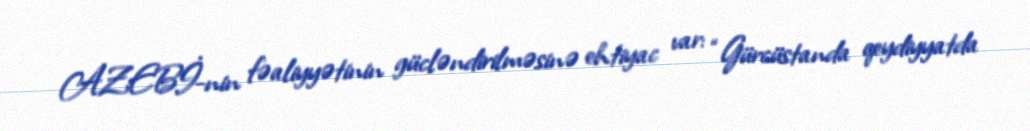
AZEBİ-nin fəaliyyətinin gücləndirilməsinə ehtiyac var: “Gürcüstanda qeydiyyatda